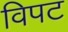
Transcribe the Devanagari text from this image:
विपट